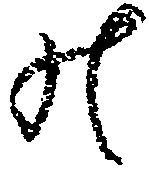
の